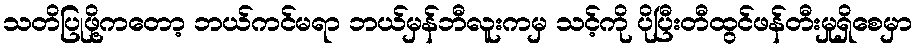
သတိပြုဖို့ကတော့ ဘယ်ကင်မရာ ဘယ်မှန်ဘီလူးကမှ သင့်ကို ပိုပြီးတီထွင်ဖန်တီးမှုရှိစေမှာ